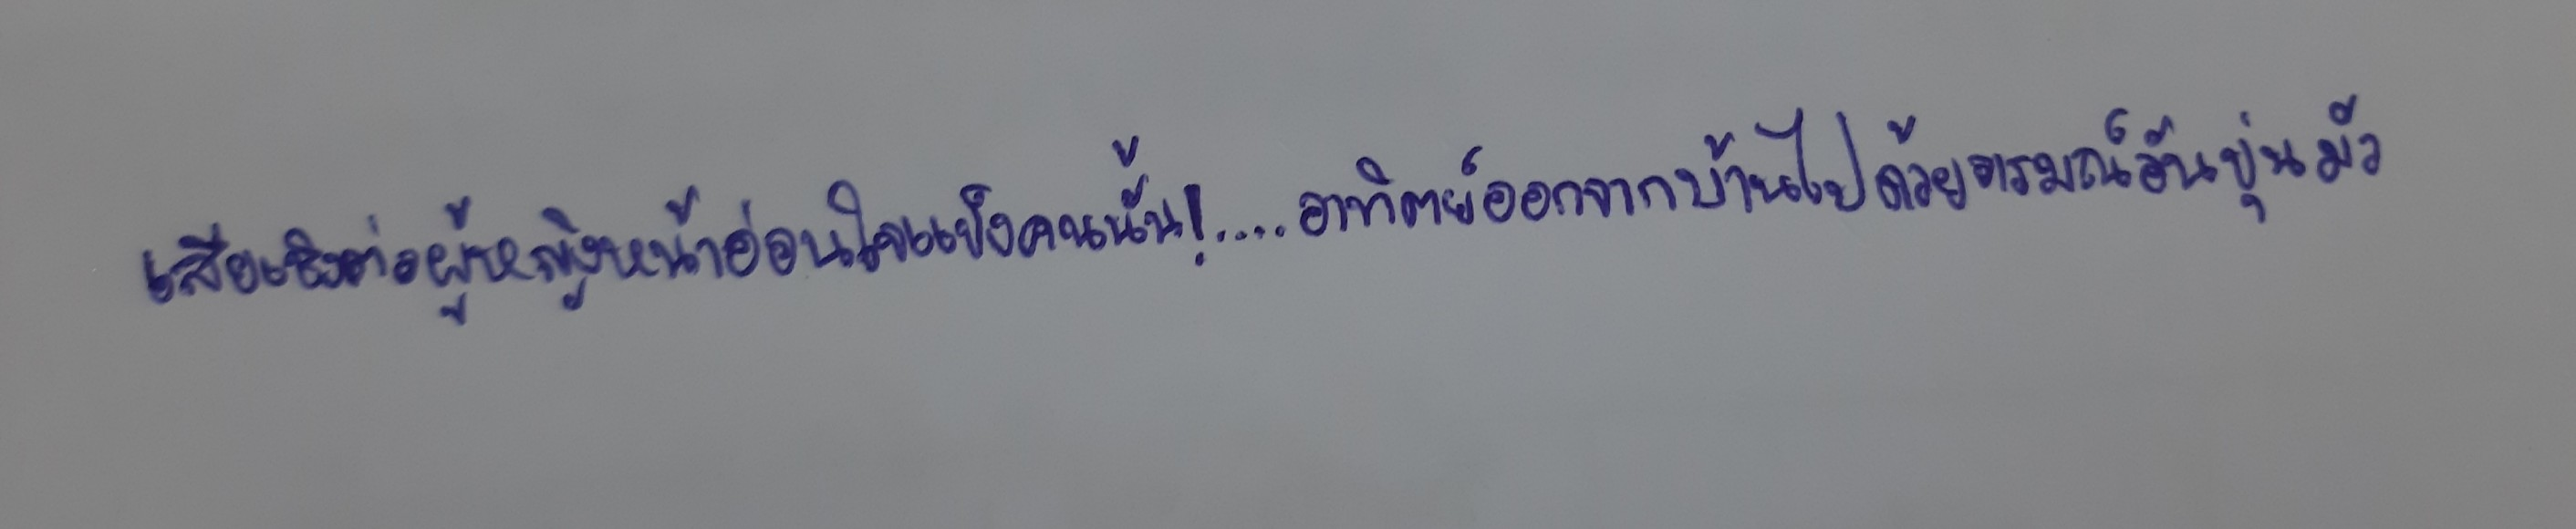
เสียเชิงต่อผู้หญิงหน้าอ่อนใจแข็งคนนั้น!....อาทิตย์ออกจากบ้านไปด้วยอารมณ์อันขุ่นมัว